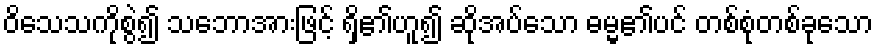
ဝိသေသကိုစွဲ၍ သဘောအားဖြင့် ရှိ၏ဟူ၍ ဆိုအပ်သော ဓမ္မ၏ပင် တစ်စုံတစ်ခုသော